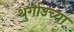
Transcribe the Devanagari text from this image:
थुर्गाउच्या